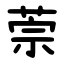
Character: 萗